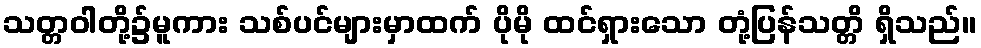
သတ္တဝါတို့၌မူကား သစ်ပင်များမှာထက် ပိုမို ထင်ရှားသော တုံ့ပြန်သတ္တိ ရှိသည်။